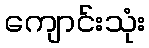
ကျောင်းသုံး